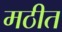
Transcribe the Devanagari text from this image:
मठीत